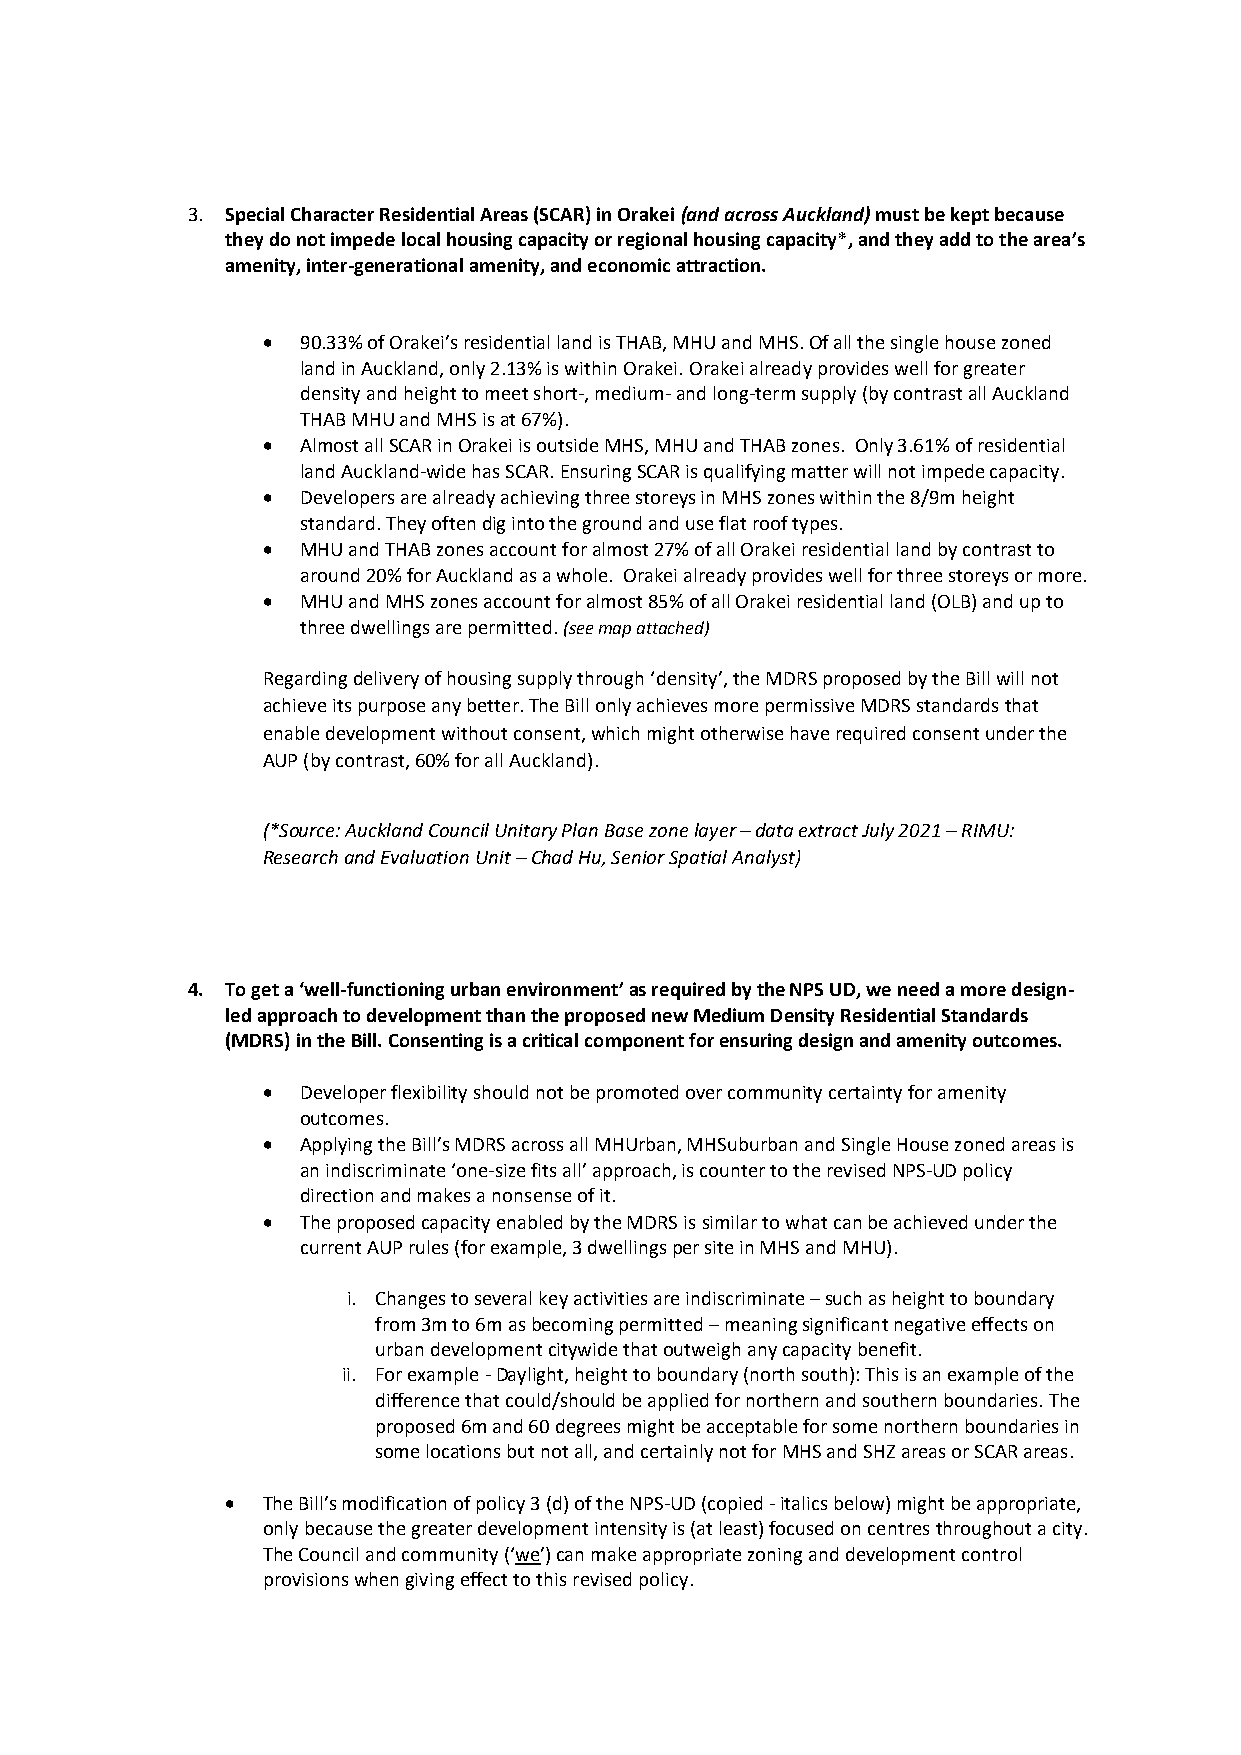
3. Special Character Residential Areas (SCAR) in Orakei (and across Auckland) must be kept because
 they do not impede local housing capacity or regional housing capacity*, and they add to the area’s
 amenity, inter-generational amenity, and economic attraction.
 •  90.33% of Orakei’s residential land is THAB, MHU and MHS. Of all the single house zoned
 land in Auckland, only 2.13% is within Orakei. Orakei already provides well for greater
 density and height to meet short-, medium- and long-term supply (by contrast all Auckland
 THAB MHU and MHS is at 67%).
 •  Almost all SCAR in Orakei is outside MHS, MHU and THAB zones. Only 3.61% of residential
 land Auckland-wide has SCAR. Ensuring SCAR is qualifying matter will not impede capacity.
 •  Developers are already achieving three storeys in MHS zones within the 8/9m height
 standard. They often dig into the ground and use flat roof types.
 •  MHU and THAB zones account for almost 27% of all Orakei residential land by contrast to
 around 20% for Auckland as a whole. Orakei already provides well for three storeys or more.
 •  MHU and MHS zones account for almost 85% of all Orakei residential land (OLB) and up to
 three dwellings are permitted. (see map attached)
 Regarding delivery of housing supply through ‘density’, the MDRS proposed by the Bill will not
 achieve its purpose any better. The Bill only achieves more permissive MDRS standards that
 enable development without consent, which might otherwise have required consent under the
 AUP (by contrast, 60% for all Auckland).
 (*Source: Auckland Council Unitary Plan Base zone layer – data extract July 2021 – RIMU:
 Research and Evaluation Unit – Chad Hu, Senior Spatial Analyst)
 4. To get a ‘well-functioning urban environment’ as required by the NPS UD, we need a more design-
 led approach to development than the proposed new Medium Density Residential Standards
 (MDRS) in the Bill. Consenting is a critical component for ensuring design and amenity outcomes.
 •  Developer flexibility should not be promoted over community certainty for amenity
 outcomes.
 •  Applying the Bill’s MDRS across all MHUrban, MHSuburban and Single House zoned areas is
 an indiscriminate ‘one-size fits all’ approach, is counter to the revised NPS-UD policy
 direction and makes a nonsense of it.
 •  The proposed capacity enabled by the MDRS is similar to what can be achieved under the
 current AUP rules (for example, 3 dwellings per site in MHS and MHU).
 i. Changes to several key activities are indiscriminate – such as height to boundary
 from 3m to 6m as becoming permitted – meaning significant negative effects on
 urban development citywide that outweigh any capacity benefit.
 ii. For example - Daylight, height to boundary (north south): This is an example of the
 difference that could/should be applied for northern and southern boundaries. The
 proposed 6m and 60 degrees might be acceptable for some northern boundaries in
 some locations but not all, and certainly not for MHS and SHZ areas or SCAR areas.
 • The Bill’s modification of policy 3 (d) of the NPS-UD (copied - italics below) might be appropriate,
 only because the greater development intensity is (at least) focused on centres throughout a city.
 The Council and community (‘we’) can make appropriate zoning and development control
 provisions when giving effect to this revised policy.